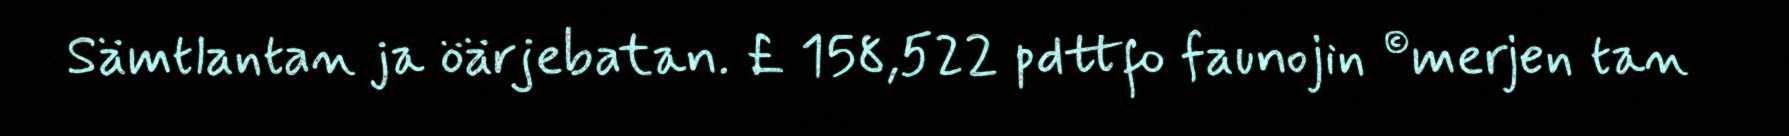
Sämtlantan ja öärjebatan. £ 158,522 pdttfo faunojin ©merjen tan